Report on sanitation, dispensaries, and jails in Rajputana for 1919, and on vaccination for the year 1919-1920 - 1919-1920
Year: 1919
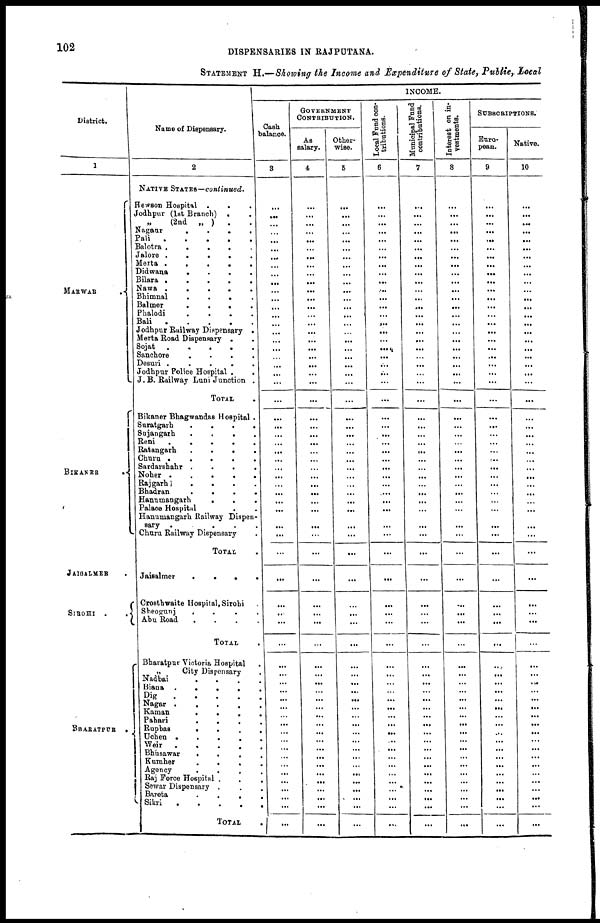
102
DISPENSARIES IN RAJPUTANA.
STATEMENT H.—Showing the Income and Expenditure of State, Public, Local
District.
1
MARWAR
BIKANER
.
JAISALMER .
SIROHI .
.
BHARATPUR
Name of Dispensary.
2
NATIVE STATES—continued.
Hewson Hospital .
. .
Jodhpur (1st Branch) . .
(2nd
„ )
. .
Nagaur
.
.
.
.
Pali
.
.
.
.
Balotra
.
.
.
.
Jalore
.
.
.
.
Merta .
.
.
.
.
Didwana . . . .
Bilara
.
.
.
.
Nawa
.
.
.
.
Bhimnal
.
.
.
.
Balmer
.
.
.
.
Phalodi
.
.
.
.
Bali
.
.
.
.
Jodhpur Railway Dispensary .
Merta Road Dispensary . .
Sojat
.
.
.
.
.
Sanchore . . . . .
Desuri
.
.
.
.
Jodhpur Police Hospital .
.
J. B. Railway Luni Junction .
TOTAL
Bikaner Bhagwandas Hospital .
Suratgarh
.
.
.
.
Sujangarh
.
.
.
.
Reni
.
.
.
.
Ratangarh
.
.
.
.
Churu
.
.
.
.
Sardarshahr
.
.
.
.
Noher
.
.
.
.
Rajgarh
.
.
.
.
Bhadran
.
.
.
.
Hanumangarh
. . .
Palace Hospital . .
Hanumangarh Railway Dispen-
sary
.
.
.
.
Churu Railway Dispensary .
TOTAL .
Jaisalmer
.
.
.
.
Crosthwaite Hospital, Sirohi
Sheogunj
.
.
.
.
.
Abu Road
.
.
.
.
TOTAL
Bharatpur Victoria Hospital .
„
City Dispensary .
Nadbai . . . .
Biana
.
.
.
.
Dig
.
.
.
.
Nagar
.
.
.
.
Kaman
.
.
.
.
Pahari
.
.
.
.
Rupbas
.
.
.
.
Uchen
.
.
.
.
Weir
.
.
.
.
Bhusawar
.
.
.
.
Kumher
.
.
.
.
Agency
. . . .
Raj Force Hospital . . .
Sewar Dispensary . . .
Bareta . . . . . .
Sikri
.
.
.
.
.
.
TOTAL .
INCOME.
Cash
balance.
3
...
...
...
...
...
...
...
...
...
...
...
...
...
...
...
...
...
...
...
...
...
...
...
...
...
...
...
...
...
...
...
...
...
...
...
...
...
...
...
...
...
...
...
...
...
...
...
...
...
...
...
...
...
...
...
...
...
...
...
...
...
...
GOVERNMENT
CONTRIBUTION.
As.
salary.
4
...
...
...
...
...
...
...
...
...
...
...
...
...
...
...
...
...
...
...
...
...
...
...
...
...
...
...
...
...
...
...
...
...
...
...
...
...
...
...
...
...
...
...
...
...
...
...
...
...
...
...
...
...
...
...
...
...
...
...
...
...
...
Other-
wise.
5
...
...
...
...
...
...
...
...
...
...
...
...
...
...
...
...
...
...
...
...
...
...
...
...
...
...
...
...
...
...
...
...
...
...
...
...
...
...
...
...
...
...
...
...
...
...
...
...
...
...
...
...
...
...
...
...
...
...
...
...
...
...
Local Fund con-
tributions.
6
...
...
...
...
...
...
...
...
...
...
...
...
...
...
...
...
...
...
...
...
...
...
...
...
...
...
...
...
...
...
...
...
...
...
...
...
...
...
...
...
...
...
...
...
...
...
...
...
...
...
...
...
...
...
...
...
...
...
...
...
...
...
Municipal Fund
contributions.
7
...
...
...
...
...
...
...
...
...
...
...
...
...
...
...
...
...
...
...
...
...
...
...
...
...
...
...
...
...
...
...
...
...
...
...
...
...
...
...
...
...
...
...
...
...
...
...
...
...
...
...
...
...
...
...
...
...
...
...
...
...
...
Interest on in-
vestments.
8
...
...
...
...
...
...
...
...
...
...
...
...
...
...
...
...
...
...
...
...
...
...
...
...
...
...
...
...
...
...
...
...
...
...
...
...
...
...
...
...
...
...
...
...
...
...
...
...
...
...
...
...
...
...
...
...
...
...
...
...
...
...
SUBSCRIPTIONS.
Euro-
pean.
9
...
...
...
...
...
...
...
...
...
...
...
...
...
...
...
...
...
...
...
...
...
...
...
...
...
...
...
...
...
...
...
...
...
...
...
...
...
...
...
...
...
...
...
...
...
...
...
...
...
...
...
...
...
...
...
...
...
...
...
...
...
...
Native.
10
...
...
...
...
...
...
...
...
...
...
...
...
...
...
...
...
...
...
...
...
...
...
...
...
...
...
...
...
...
...
...
...
...
...
...
...
...
...
...
...
...
...
...
...
...
...
...
...
...
...
...
...
...
...
...
...
...
...
...
...
...
...